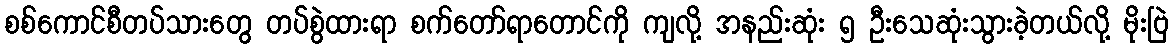
စစ်ကောင်စီတပ်သားတွေ တပ်စွဲထားရာ စက်တော်ရာတောင်ကို ကျလို့ အနည်းဆုံး ၅ ဦးသေဆုံးသွားခဲ့တယ်လို့ မိုးဗြဲ